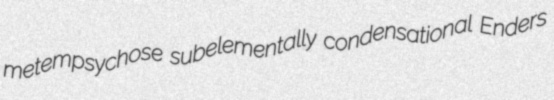
metempsychose subelementally condensational Enders